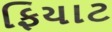
ફિયાટ